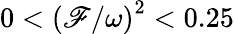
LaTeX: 0<\left(\mathscr{F}/\omega\right)^{2}<0.25